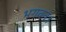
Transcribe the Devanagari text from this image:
भगवन।